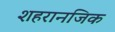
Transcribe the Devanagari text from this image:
शहरानजिक